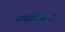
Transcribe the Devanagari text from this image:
चर्चाविश्वाशी